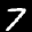
Label: 7